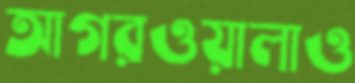
আগরওয়ালাও